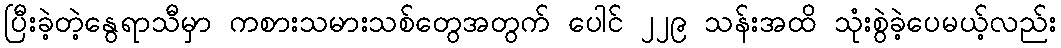
ပြီးခဲ့တဲ့နွေရာသီမှာ ကစားသမားသစ်တွေအတွက် ပေါင် ၂၂၉ သန်းအထိ သုံးစွဲခဲ့ပေမယ့်လည်း